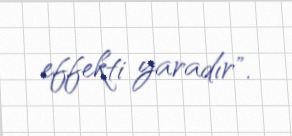
effekti yaradır".